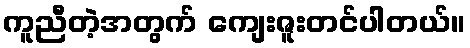
ကူညီတဲ့အတွက် ကျေးဇူးတင်ပါတယ်။